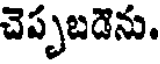
చెప్పబడెను.